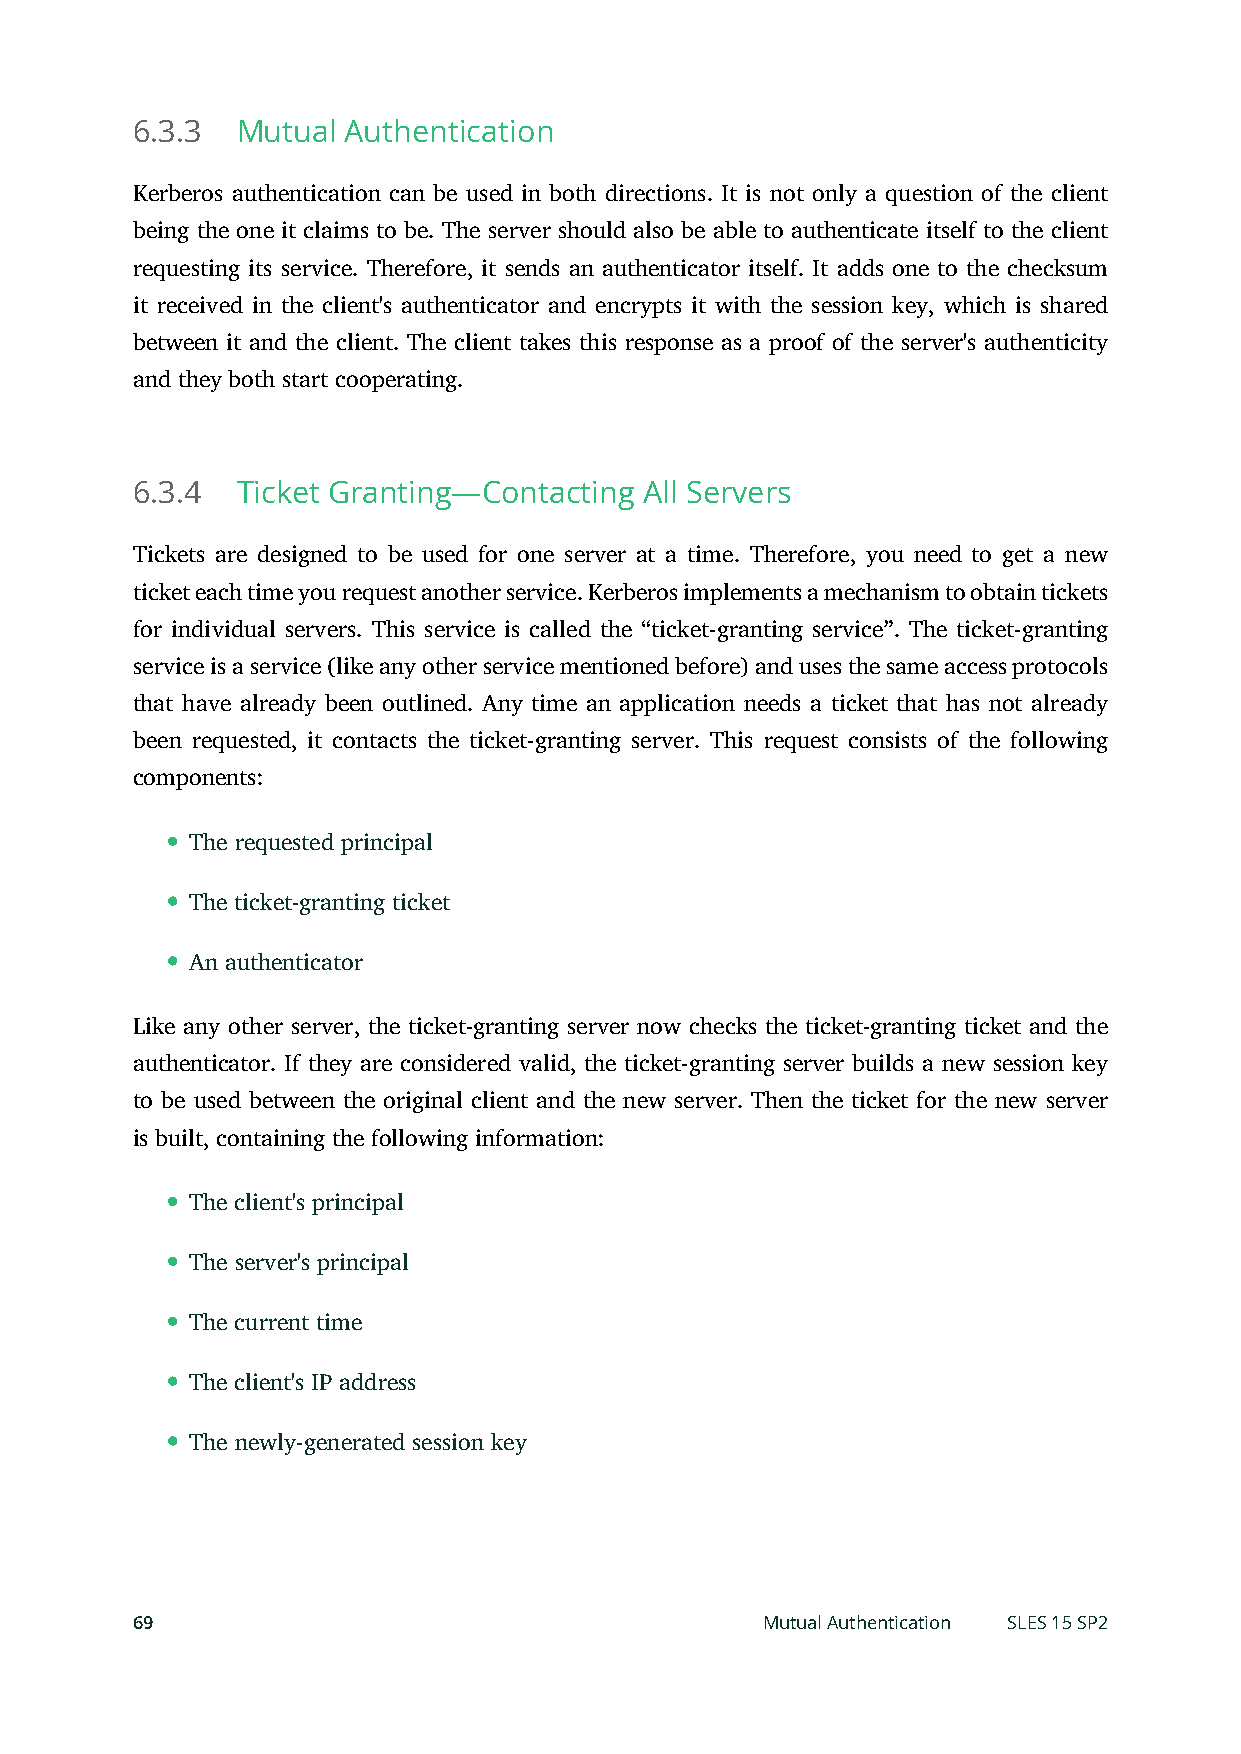
6.3.3  Mutual Authentication
 Kerberos authentication can be used in both directions. It is not only a question of the client
 being the one it claims to be. The server should also be able to authenticate itself to the client
 requesting its service. Therefore, it sends an authenticator itself. It adds one to the checksum
 it received in the client's authenticator and encrypts it with the session key, which is shared
 between it and the client. The client takes this response as a proof of the server's authenticity
 and they both start cooperating.
 6.3.4  Ticket Granting—Contacting All Servers
 Tickets are designed to be used for one server at a time. Therefore, you need to get a new
 ticket each time you request another service. Kerberos implements a mechanism to obtain tickets
 for individual servers. This service is called the “ticket-granting service”. The ticket-granting
 service is a service (like any other service mentioned before) and uses the same access protocols
 that have already been outlined. Any time an application needs a ticket that has not already
 been requested, it contacts the ticket-granting server. This request consists of the following
 components:
 The requested principal
 The ticket-granting ticket
 An authenticator
 Like any other server, the ticket-granting server now checks the ticket-granting ticket and the
 authenticator. If they are considered valid, the ticket-granting server builds a new session key
 to be used between the original client and the new server. Then the ticket for the new server
 is built, containing the following information:
 The client's principal
 The server's principal
 The current time
 The client's IP address
 The newly-generated session key
 69                                       Mutual Authentication SLES 15 SP2